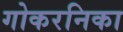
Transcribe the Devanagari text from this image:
गोकरनिका